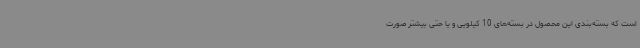
است که بسته‌بندی این محصول در بسته‌های 10 کیلویی و یا حتی بیشتر صورت